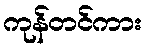
ကုန်တင်ကား